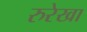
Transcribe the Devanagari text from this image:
रुरेखा